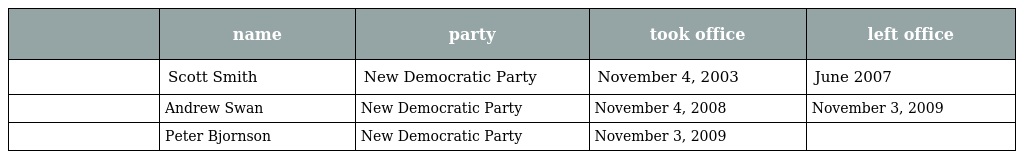
|  | name | party | took office | left office |
 | --- | --- | --- | --- | --- |
 |  | Scott Smith | New Democratic Party | November 4, 2003 | June 2007 |
 |  | Andrew Swan | New Democratic Party | November 4, 2008 | November 3, 2009 |
 |  | Peter Bjornson | New Democratic Party | November 3, 2009 |  |